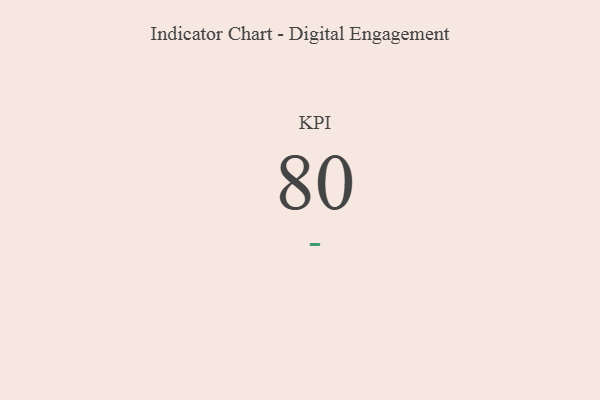
{"axis": {"x": "KPI", "y": "Value"}, "legend": [""], "data": [{"x": "KPI", "y": 80, "type": ""}]}